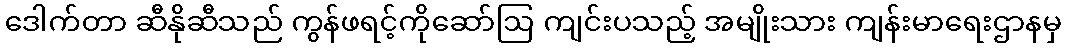
ဒေါက်တာ ဆီနိုဆီသည် ကွန်ဖရင့်ကိုဆော်ဩ ကျင်းပသည့် အမျိုးသား ကျန်းမာရေးဌာနမှ